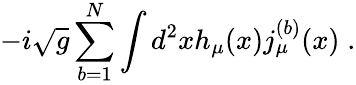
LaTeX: -i\sqrt{g}\sum_{b=1}^{N}\int d^{2}xh_{\mu}(x)j_{\mu}^{(b)}(x)\; .